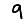
Digit: 9